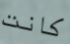
كانت